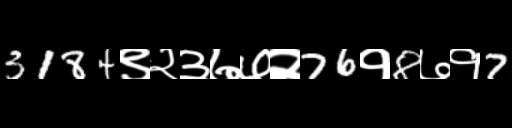
Text: 3184९२३७७२76१8७१7